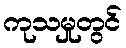
ကုသမှုတွင်